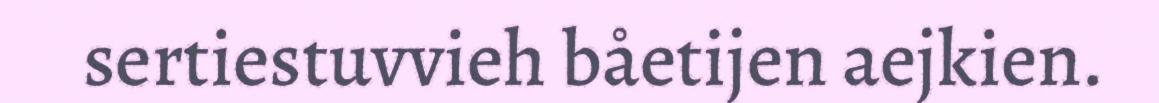
sertiestuvvieh båetijen aejkien.